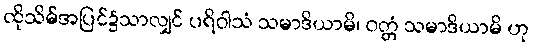
ထိုသိမ်အပြင်၌သာလျှင် ပရိဝါသံ သမာဒိယာမိ၊ ဝတ္တံ သမာဒိယာမိ ဟု